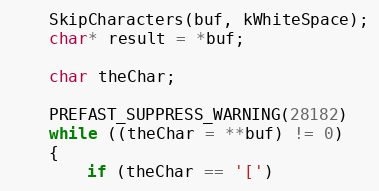
Language: C++
	SkipCharacters(buf, kWhiteSpace);
	char* result = *buf;

	char theChar;

	PREFAST_SUPPRESS_WARNING(28182)
	while ((theChar = **buf) != 0)
	{
		if (theChar == '[')